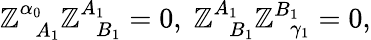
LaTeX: \mathbb{Z}_{\; \; A_{1}}^{\alpha_{0}}\mathbb{Z}_{\; \; B_{1}}^{A_{1}}=0,\; \mathbb{Z}_{\; \; B_{1}}^{A_{1}}\mathbb{Z}_{\; \; \gamma_{1}}^{B_{1}}=0,